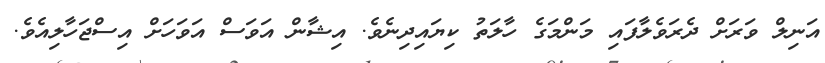
އަނިލް ވަރަށް ދެރަވެލާފައި މަންމަގެ ހާލަތު ކިޔައިދިނެވެ. އިޝާން އަވަސް އަވަހަށް އިސްޖަހާލިއެވެ.